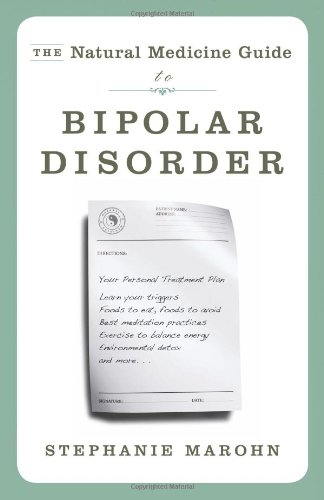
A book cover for Natural Medicine Guide to Bipolar Disorder, The: New Revised Edition; Stephanie Marohn; Health, Fitness & Dieting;